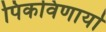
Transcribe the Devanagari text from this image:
पिकविणार्या